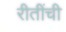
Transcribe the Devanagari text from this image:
रीतींची